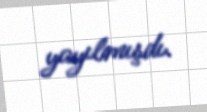
yayılmışdı.